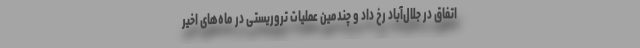
اتفاق در جلال‌آباد رخ داد و چندمین عملیات تروریستی در ماه‌های اخیر